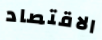
الاقتصاد